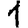
Digit: 1